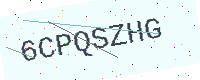
Text: 6CPQSZHG